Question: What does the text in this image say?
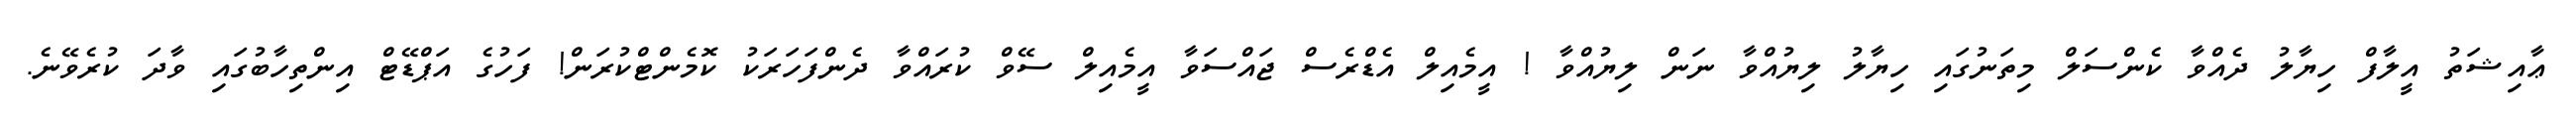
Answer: ޢާއިޝަތު އީލާފް ހިޔާލު ދެއްވާ ކެންސަލް މިތަނުގައި ހިޔާލު ލިޔުއްވާ ނަން ލިޔުއްވާ ! އީމެއިލް އެޑްރެސް ޖައްސަވާ އީމެއިލް ސޭވް ކުރައްވާ ދެންފަހަރަކު ކޮމެންޓްކުރަން! ފަހުގެ އަޕްޑޭޓް އިންތިހާބުގައި ވާދަ ކުރެވޭނެ.